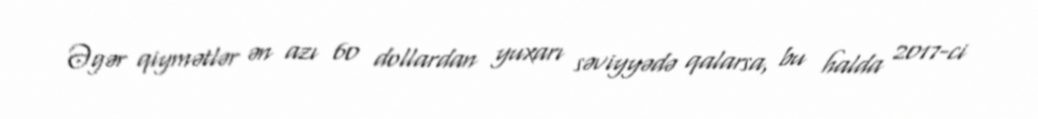
Əgər qiymətlər ən azı 60 dollardan yuxarı səviyyədə qalarsa, bu halda 2017-ci